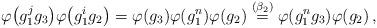
LaTeX: \begin{align*} \varphi \big( g^{j}_1 g_3 \big) \varphi \big( g^{i}_1 g_2 \big) = \varphi (g_3) \varphi (g^{n}_1) \varphi (g_2) \overset{(\beta_2)}{=} \varphi (g^{n}_1 g_3) \varphi (g_2) \,,\end{align*}